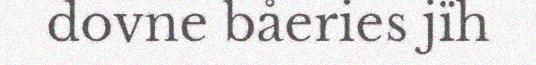
dovne båeries jïh